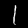
Label: 1